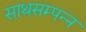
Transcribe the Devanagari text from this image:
साथसम्पन्न